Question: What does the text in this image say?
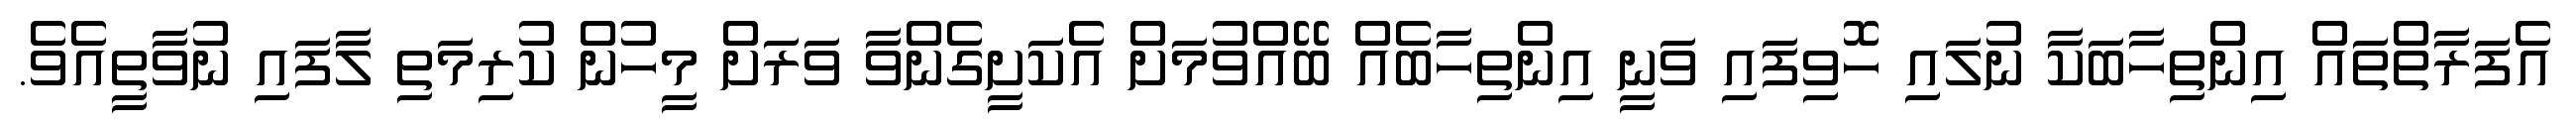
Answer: އެފަރާތްތައް އިންތިހާބަކާ ނުލައި ހޮވިފައި ވަނީ އިންތިހާބެއް ބޭއްވުމަށް އެކަށީގެންވާ ވަރަށް މީހުން ކުރިމަތި ލާފައި ނުވާތީއެވެ.